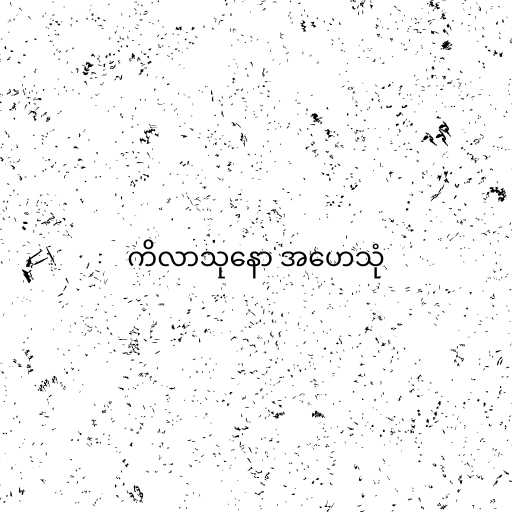
ကိလာသုနော အဟေသုံ